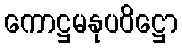
ကောဋ္ဌမနုပဝိဋ္ဌော